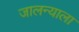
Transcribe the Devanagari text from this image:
जालन्याला